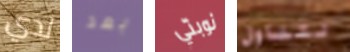
لدي بعد نوبتي نتناول